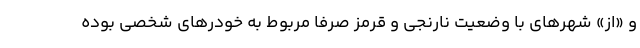
و «از» شهرهای با وضعیت نارنجی و قرمز صرفا مربوط به خودرهای شخصی بوده